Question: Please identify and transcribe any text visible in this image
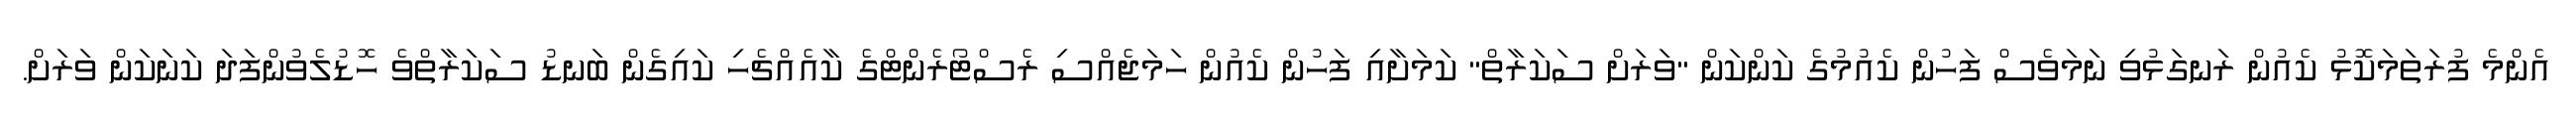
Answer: އެންމެ ފުރަތަމަކޮޅު ކެއުން ރަނގަޅުވި ނަމަވެސް ފަހުން ކެއުމުގެ ކަންކަން "ވަރަށް ސަކަރާތް" ކަމަށާއި ފަހުން ކެއުން ހަމަޖެއްސި ރެސްޓޯރެންޓްގެ ކާއެއްޗެހި ކައިގެން ބަނޑު ސަކަރާތްވެ ހޮޑުލެވުންފަދަ ކަނަކަން ވަރަށް.